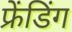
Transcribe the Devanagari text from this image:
फ्रेंडिंग